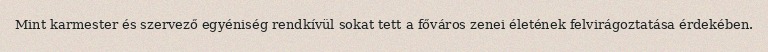
Mint karmester és szervező egyéniség rendkívül sokat tett a főváros zenei életének felvirágoztatása érdekében.